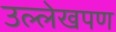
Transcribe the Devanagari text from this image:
उल्लेखपण